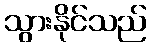
သွားနိုင်သည်